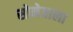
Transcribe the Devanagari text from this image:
सोनेवाला